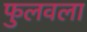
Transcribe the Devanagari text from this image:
फुलवला